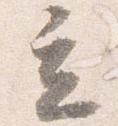
立